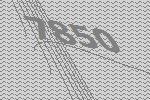
7850